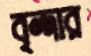
বৃন্দার